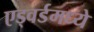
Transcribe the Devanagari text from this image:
एड्वर्डमध्ये